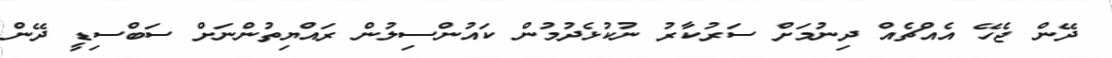
ދޭން ޖެހޭ އެއްޗެއް ދިނުމަށް ސަރުކާރު ނުކުޅެދުމުން ކައުންސިލުން ރައްޔިތުންނަށް ސަބްސިޑީ ދޭން